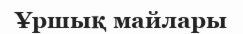
Ұршық майлары